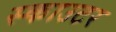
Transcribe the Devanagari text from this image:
स्काउटर